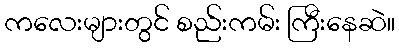
ကလေးများတွင် စည်းကမ်း ကြီးနေဆဲ။